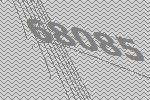
68085